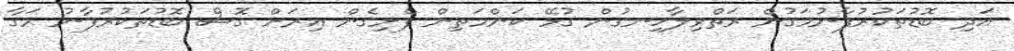
އަދި ބޮޑުތަކުރުފާނުމަގުން ރަތްވިލާހިނގުން ގުޅޭ ކަންމަތިން ފެށިގެން އިރަށް ގޮސް ބޮޑުތަކުރުފާނު މަގާ